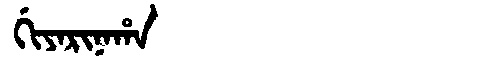
Manchu: ᡤᡳᠶᠠᡵᡳᠨᠠᡥᠠ
Romanization: GIYARINAHA